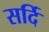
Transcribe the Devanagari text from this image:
सर्दि